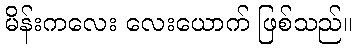
မိန်းကလေး လေးယောက် ဖြစ်သည်။